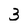
Character: 3